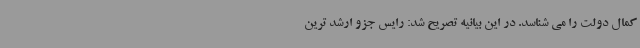
کمال دولت را می شناسد. در این بیانیه تصریح شد: رایس جزو ارشد ترین